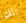
تلك